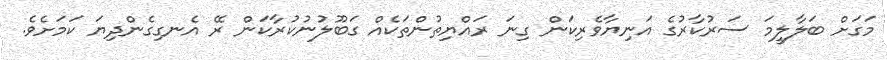
މަގަށް ބަލާލީމަ ސަރުކާރުގެ އަނިޔާވެރިކަން ގިނަ ރައްޔިތުންތަކެއް ގަބޫލުނުކުރާކަން ރޭ އެނގިގެންދިޔަ ކަމަށެވެ.